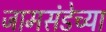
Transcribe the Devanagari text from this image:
जामसंडेच्या